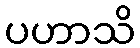
ပဟာသိ